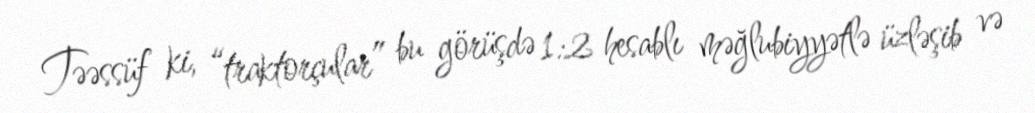
Təəssüf ki, “traktorçular” bu görüşdə 1:2 hesablı məğlubiyyətlə üzləşib və